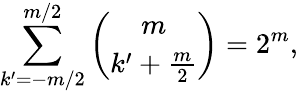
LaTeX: \sum_{k^{\prime}=-m/2}^{m/2}\binom{m}{k^{\prime}+\frac{m}{2}}=2^{m},